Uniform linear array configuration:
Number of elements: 12
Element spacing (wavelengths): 0.75
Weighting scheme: cosine
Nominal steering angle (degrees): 30
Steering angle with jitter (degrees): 29.449
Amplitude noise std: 0.05
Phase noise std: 0.05

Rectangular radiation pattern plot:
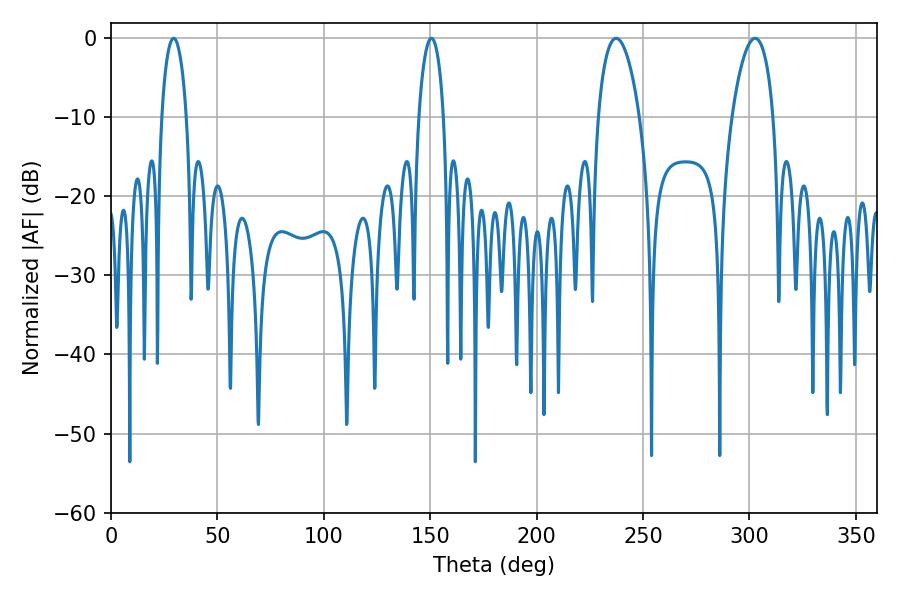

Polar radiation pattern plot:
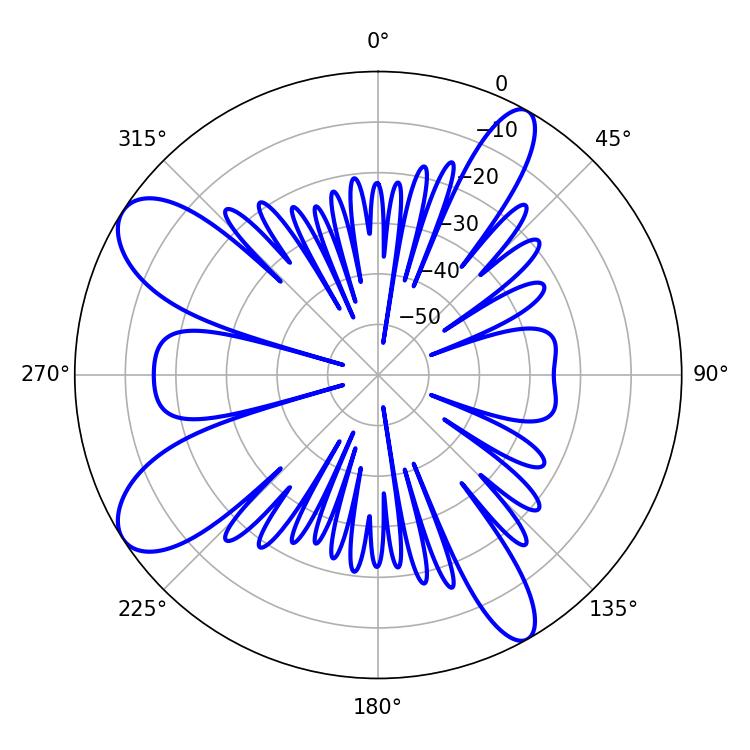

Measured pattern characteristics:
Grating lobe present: TRUE
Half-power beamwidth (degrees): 10.98
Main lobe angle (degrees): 237.42